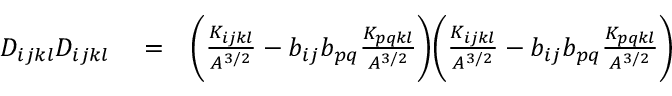
\begin{array} { r l r } { D _ { i j k l } D _ { i j k l } } & { { } = } & { \bigg ( \frac { K _ { i j k l } } { A ^ { 3 / 2 } } - b _ { i j } b _ { p q } \frac { K _ { p q k l } } { A ^ { 3 / 2 } } \bigg ) \bigg ( \frac { K _ { i j k l } } { A ^ { 3 / 2 } } - b _ { i j } b _ { p q } \frac { K _ { p q k l } } { A ^ { 3 / 2 } } \bigg ) } \end{array}